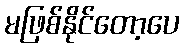
မဖြစ်နိုင်တော့ပေ